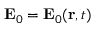
\mathbf { E } _ { 0 } = \mathbf { E } _ { 0 } ( \mathbf { r } , t )